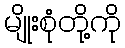
မျိုးစုံတို့ကို